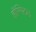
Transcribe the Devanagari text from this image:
हॉस्पिटल